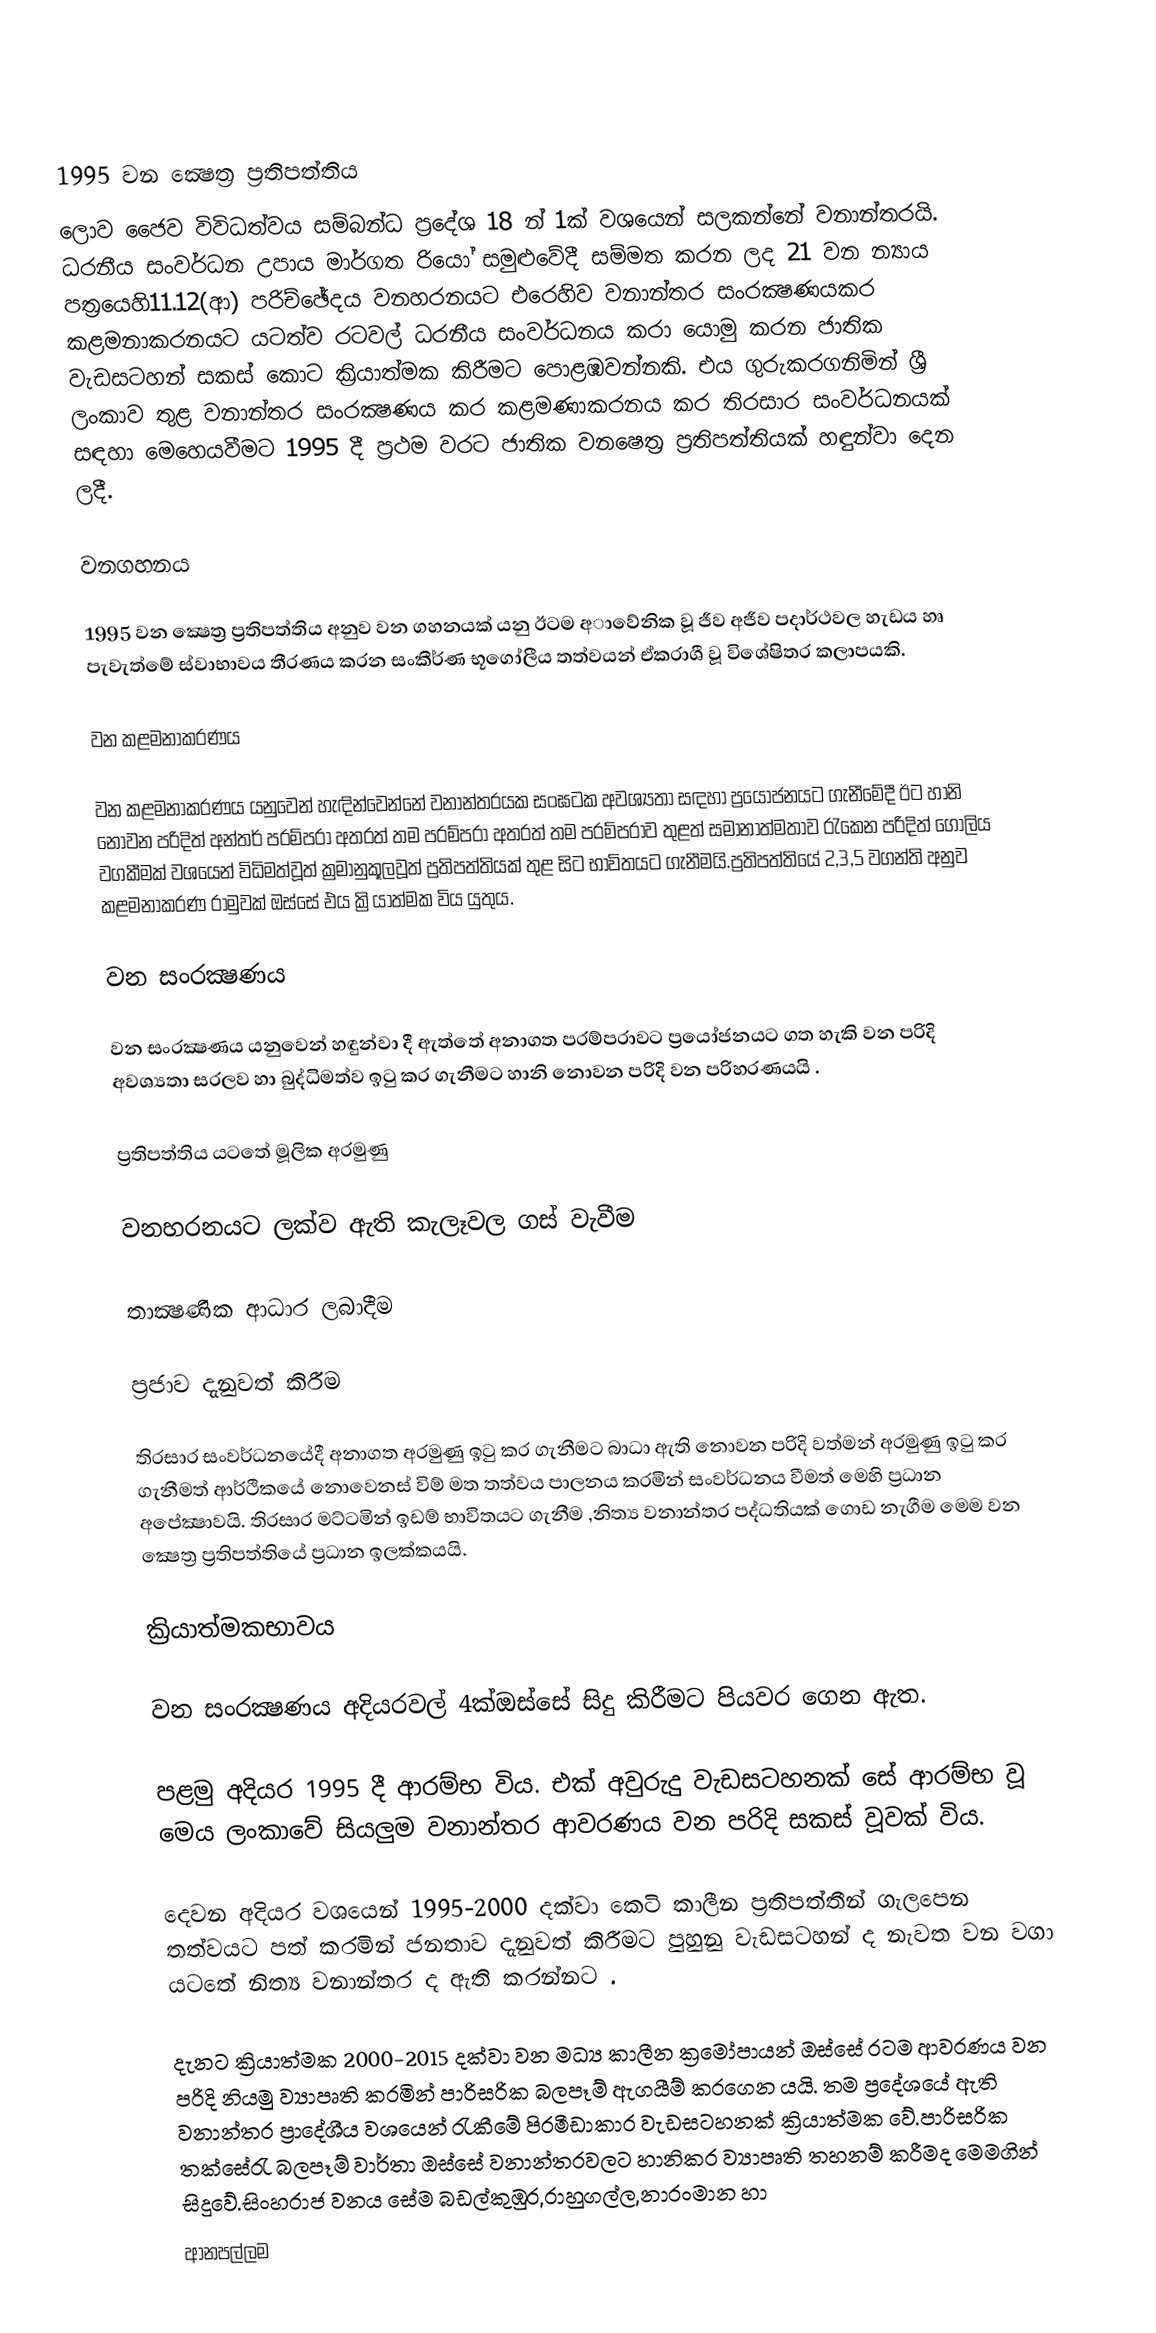

1995 වන ක්‍ෂෙත්‍ර ප්‍රතිපත්තිය
ලොව ජෛව විවිධත්වය සම්බන්ධ ප්‍රදේශ 18 න් 1ක් වශයෙන් සලකන්නේ වනාන්තරයි. ධරනීය සංවර්ධන උපාය මාර්ගත රියෝ සමුළුවේදී සම්මත කරන ලද 21 වන න්‍යාය පත්‍රයෙහි11.12(ආ) පරිච්ඡේදය වනහරනයට එරෙහිව වනාන්තර සංරක්‍ෂණයකර කළමනාකරනයට යටත්ව රටවල් ධරනීය සංවර්ධනය කරා යොමු කරන ජාතික වැඩසටහන් සකස් කොට ක්‍රියාත්මක කිරීමට පොළඹවන්නකි. එය ගුරුකරගනිමින් ශ්‍රී ලංකාව තුළ වනාන්තර සංරක්‍ෂණය කර කළමණාකරනය කර තිරසාර සංවර්ධනයක් සඳහා මෙහෙයවීමට 1995 දී ප්‍රථම වරට ජාතික වන‍ෂෙත්‍ර ප්‍රතිපත්තියක් හඳුන්වා දෙන ලදී.

වනගහනය

1995 වන ක්‍ෂෙත්‍ර ප්‍රතිපත්තිය අනුව වන ගහනයක් යනු ඊටම    අාවේනික වූ ජීව අජීව පදාර්ථවල හැඩය හෘ පැවැත්මේ ස්වාභාවය තීරණය කරන සංකීර්ණ භූගෝලීය තත්වයන් ඒකරාශී වූ විශේෂිතර කලාපයකි.

වන කළමනාකරණය

වන කළමනාකරණය යනුවෙන් හැඳින්වෙන්නේ වනාන්තරයක සංඝටක  අවශ්‍යතා සඳහා ප්‍රයෝජනයට ගැනීමේදී ඊට හානි නොවන පරිදිත් අන්තර් පරම්පරා අතරත් තම පරම්පරා අතරත් තම පරම්පරාව තුළත් සමානාත්මතාව රැකෙන පරිදිත් ගෝලිය වගකීමක් වශයෙන් විධිමත්වූත් ක්‍රමානුකූලවූත් ප්‍රතිපත්තියක් තුළ සිට භාවිතයට ගැනීමයි.ප්‍රතිපත්තියේ 2,3,5 වගන්ති අනුව කළමනාකරණ රාමුවක් ඔස්සේ එය ක්‍රියාත්මක විය යුතුය.

වන සංරක්‍ෂණය

වන සංරක්‍ෂණය යනුවෙන් හඳුන්වා දී ඇත්තේ අනාගත පරම්පරාවට ප්‍රයෝජනයට ගත හැකි වන පරිදි අවශ්‍යතා සරලව හා බුද්ධිමත්ව ඉටු කර ගැනීමට හානි නොවන පරිදි වන පරිහරණයයි .

ප්‍රතිපත්තිය යටතේ මූලික අරමුණු

වනහරනයට ලක්ව ඇති කැලෑවල ගස් වැවීම

තාක්‍ෂණික ආධාර ලබාදීම

ප්‍රජාව දැනුවත් කිරීම

තිරසාර සංවර්ධනයේදී අනාගත අරමුණු ඉටු කර ගැනීමට බාධා ඇති නොවන පරිදි වත්මන් අරමුණු ඉටු කර ගැනීමත් ආර්ථිකයේ නොවෙනස් විම් මත තත්වය පාලනය කරමින් සංවර්ධනය වීමත් මෙහි ප්‍රධාන අපේක්‍ෂාවයි. තිරසාර මට්ටමින් ඉඩම් භාවිතයට ගැනීම ,නිත්‍ය වනාන්තර පද්ධතියක් ගොඩ නැගීම මෙම වන ක්‍ෂෙත්‍ර ප්‍රතිපත්තියේ ප්‍රධාන ඉලක්කයයි.

ක්‍රියාත්මකභාවය

වන සංරක්‍ෂණය ‍අදියරවල් 4ක්ඔස්සේ සිදු කිරීමට පියවර ගෙන ඇත.

පළමු අදියර 1995 දී ආරම්භ විය. එක් අවුරුදු වැඩසටහනක් සේ ආරම්භ වූ මෙය ලංකාවේ සියලුම වනාන්තර ආවරණය වන පරිදි සකස් වූවක් විය.

දෙවන අදියර වශයෙන් 1995-2000 දක්වා කෙටි කාලීන ප්‍රතිපත්තීන් ගැලපෙන තත්වයට පත් කරමින් ජනතාව දැනුවත් කිරීමට පුහුනු වැඩසටහන් ද නැවත වන වගා යටතේ නිත්‍ය වනාන්තර ද ඇති කරන්නට .

දැනට ක්‍රි‍යාත්මක 2000-2015 දක්වා වන මධ්‍ය කාලීන ක්‍රමෝපායන් ඔස්සේ රටම ආවරණය වන පරිදි නියමු ව්‍යාපෘති කරමින් පාරිසරික බලපෑම් ඇගයීම් කරගෙන යයි. තම ප්‍රදේශයේ ඇති වනාන්තර ප්‍රාදේශීය වශයෙන් රැකීමේ පිරමීඩාකාර වැඩසටහනක් ක්‍රියාත්මක වේ.පාරිසරික තක්සේරැ බලපෑම් වාර්තා ඔස්සේ වනාන්තරවලට හානිකර ව්‍යාපෘති තහනම් කරීමද මෙමගින් සිදුවේ.සිංහරාජ වනය සේම බඩල්කුඹුර,රාහුගල්ල,නාරංමාන හා
ආනපල්ලම